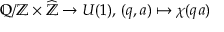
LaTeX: \mathbb { Q } / \mathbb { Z } \times { \widehat { \mathbb { Z } } } \to U ( 1 ) , \, ( q , a ) \mapsto \chi ( q a )